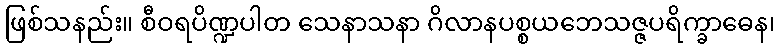
ဖြစ်သနည်း။ စီဝရပိဏ္ဍပါတ သေနာသနာ ဂိလာနပစ္စယဘေသဇ္ဇပရိက္ခာဓေန၊